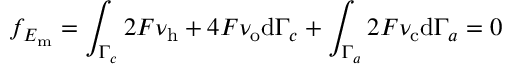
f _ { E _ { \mathrm { m } } } = \int _ { \Gamma _ { c } } 2 F \nu _ { \mathrm { h } } + 4 F \nu _ { \mathrm { o } } \mathrm { d } \Gamma _ { c } + \int _ { \Gamma _ { a } } 2 F \nu _ { \mathrm { c } } \mathrm { d } \Gamma _ { a } = 0